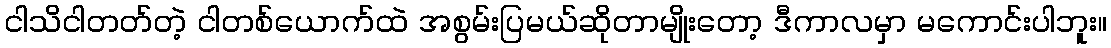
ငါသိငါတတ်တဲ့ ငါတစ်ယောက်ထဲ အစွမ်းပြမယ်ဆိုတာမျိုးတော့ ဒီကာလမှာ မကောင်းပါဘူး။